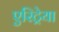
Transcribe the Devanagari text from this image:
एरिट्रेया